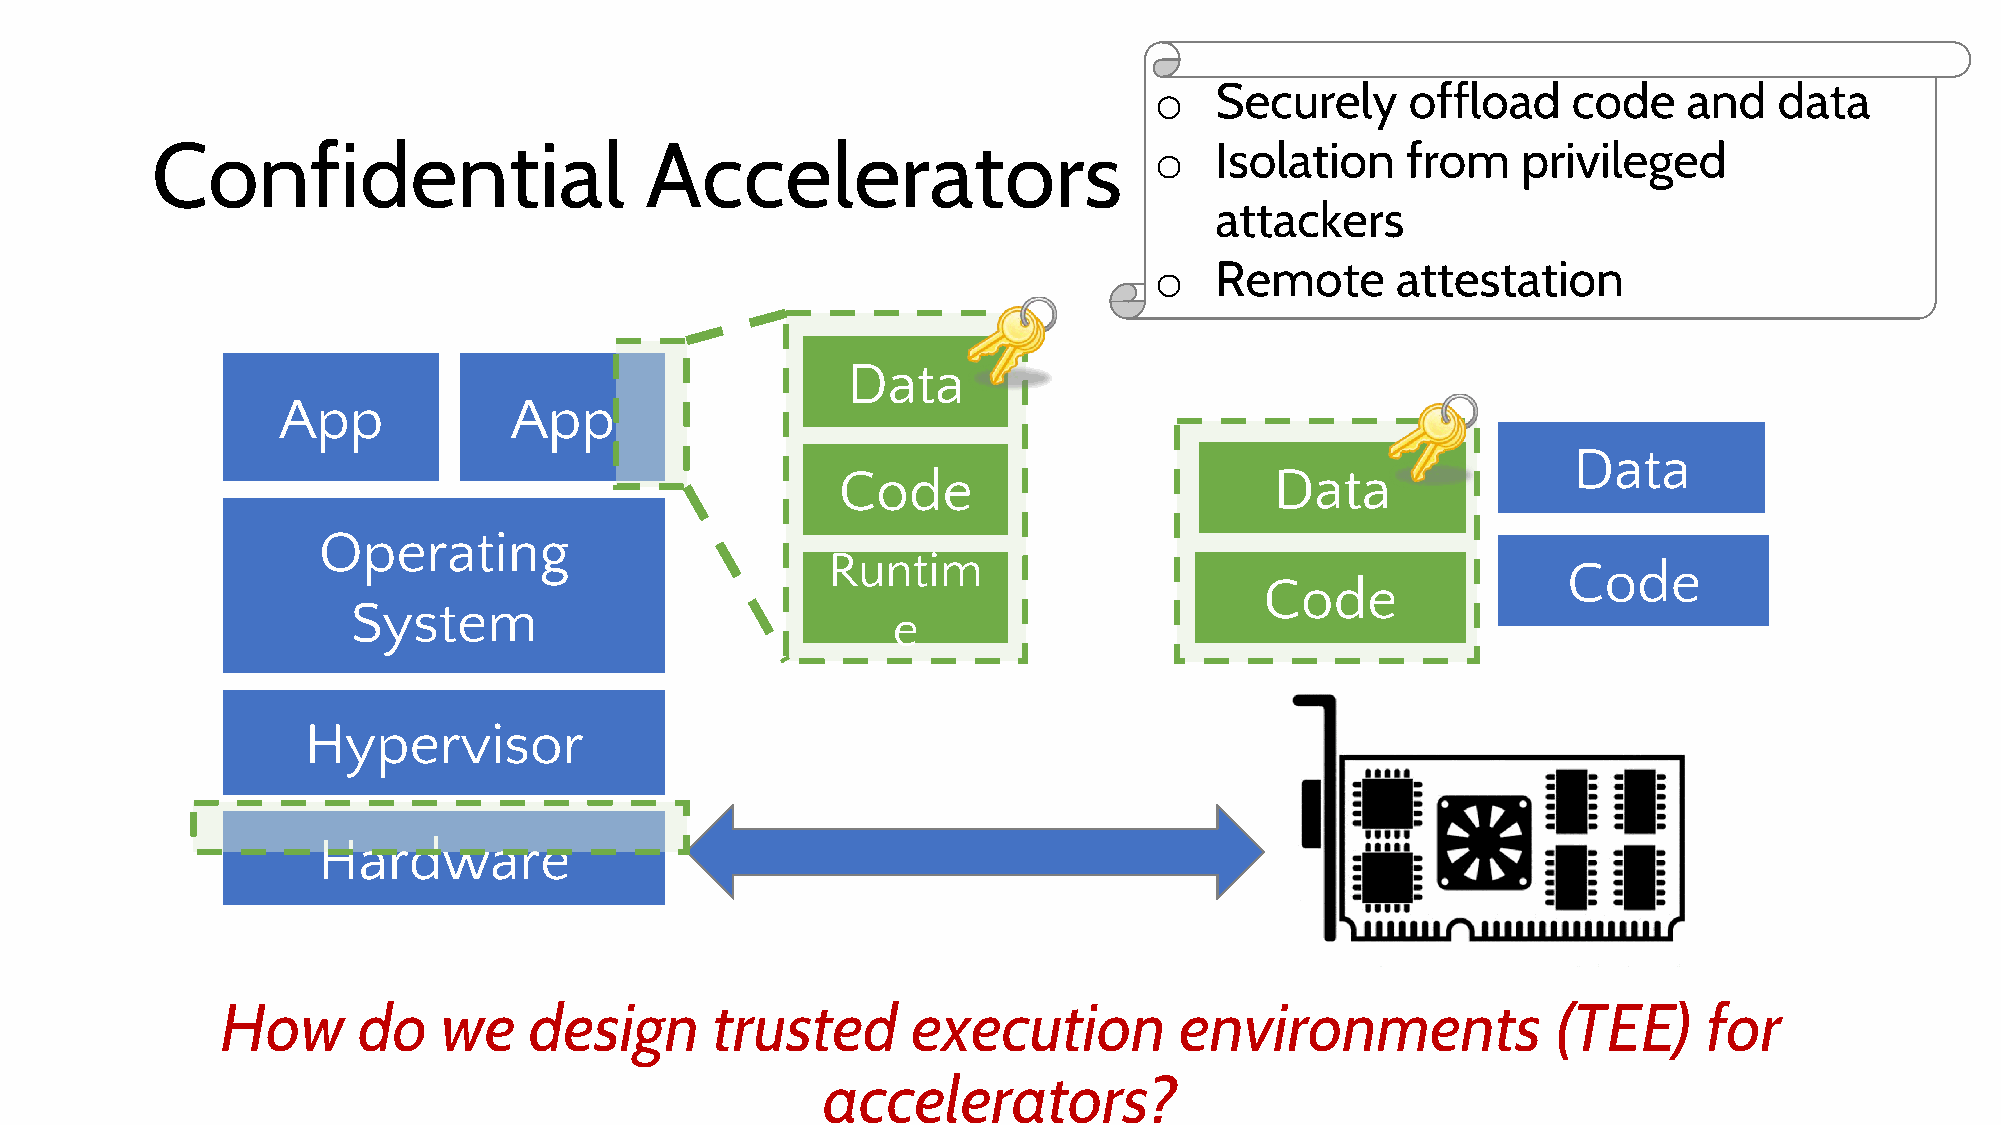
o   Securely     offload    code    and   data
 Confidential                     Accelerators                     o   Isolation    from    privileged
 attackers
 o   Remote      attestation
 Data
 App             App
 Data
 Code                         Data
 Operating
 Runtim
 Code
 Code
 System
 e
 Hypervisor
 Hardware
 How      do   we    design      trusted      execution         environments             (TEE)     for
 accelerators?